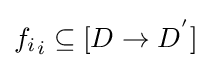
{f_{i}}_{i}\subseteq [D\rightarrow D^{'}]